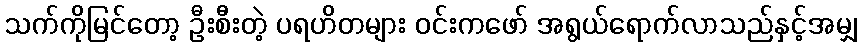
သက်ကိုမြင်တော့ ဦးစီးတဲ့ ပရဟိတများ ဝင်းကဖော် အရွယ်ရောက်လာသည်နှင့်အမျှ